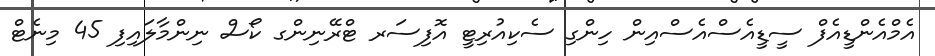
އެމްއެންޑީއެފް ސީޑީއެސްއެސްއިން ހިންގި ސެކިއުރިޓީ އޮފިސަރ ޓްރޭނިންގ ކޯސް ނިންމާލައިފި 45 މިނެޓް